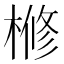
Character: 𣘀